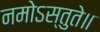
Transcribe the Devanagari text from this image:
नमोऽस्तुते॥